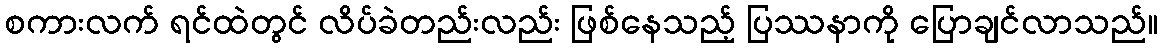
စကားလက် ရင်ထဲတွင် လိပ်ခဲတည်းလည်း ဖြစ်နေသည့် ပြဿနာကို ပြောချင်လာသည်။